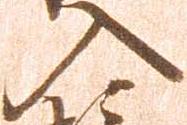
入